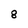
Character: 8